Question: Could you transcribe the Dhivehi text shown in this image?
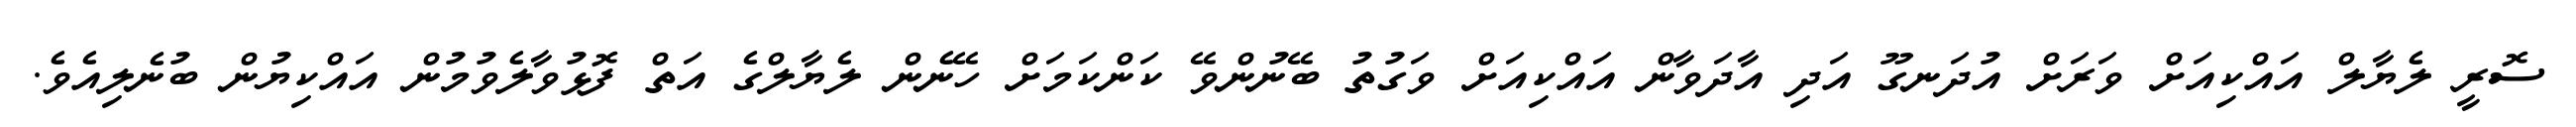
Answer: ސޮރީ ލެޔާލް އައްކިއަށް ވަރަށް އުދަނގޫ އަދި އާދަވާން އައްކިއަށް ވަގުތު ބޭނުންވޭ ކަންކަމަށް ހޭނެން ލެޔާލްގެ އަތް ފޮޅުވާލެވުމުން އައްކިޔުން ބުނެލިއެވެ.